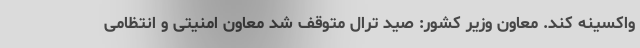
واکسینه کند. معاون وزیر کشور: صید ترال متوقف شد معاون امنیتی و انتظامی